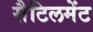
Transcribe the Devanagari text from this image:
सैटिलमेंट